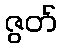
ဇွတ်